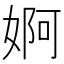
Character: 婀